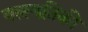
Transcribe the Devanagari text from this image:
बलगतिकी